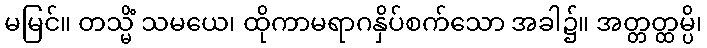
မမြင်။ တသ္မိံ သမယေ၊ ထိုကာမရာဂနှိပ်စက်သော အခါ၌။ အတ္တတ္ထမ္ပိ၊